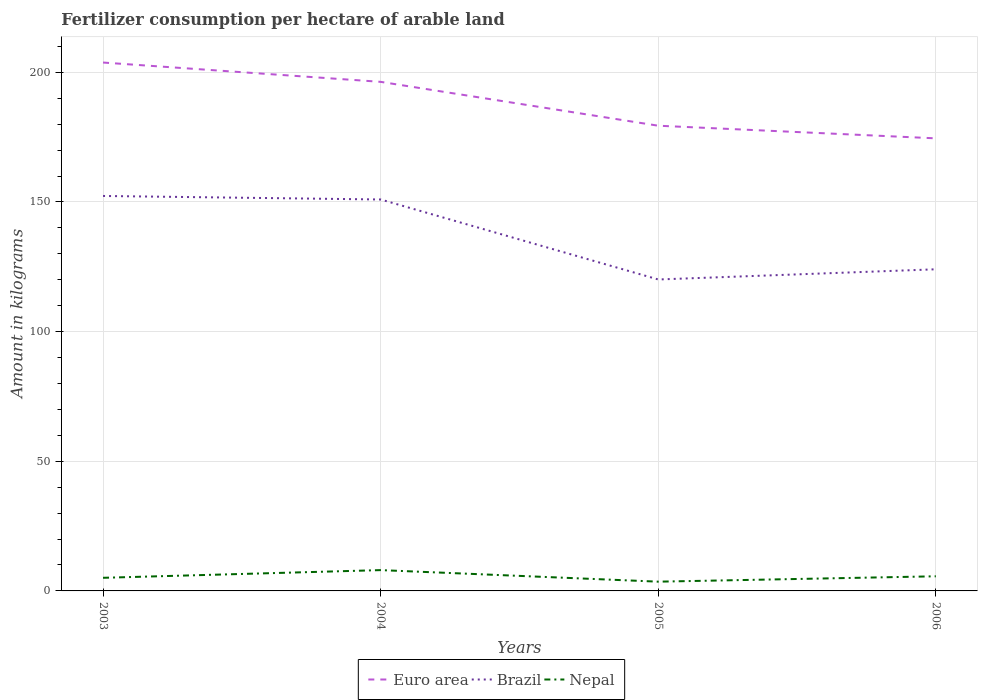
| Years | Euro area | Brazil | Nepal |
 | --- | --- | --- | --- |
 | 2003 | 204 | 152 | 5.06 |
 | 2004 | 196 | 151 | 8.03 |
 | 2005 | 179 | 120 | 3.57 |
 | 2006 | 175 | 124 | 5.64 |